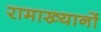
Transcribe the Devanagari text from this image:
रामाख्यानों